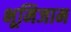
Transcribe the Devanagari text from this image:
भूमिजाम